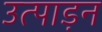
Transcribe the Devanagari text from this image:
उत्पाड़न